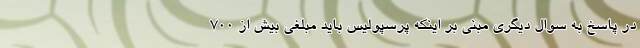
در پاسخ به سوال دیگری مبنی بر اینکه پرسپولیس باید مبلغی بیش از ۷۰۰